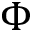
\Phi